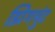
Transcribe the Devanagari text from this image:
झिगमुंट